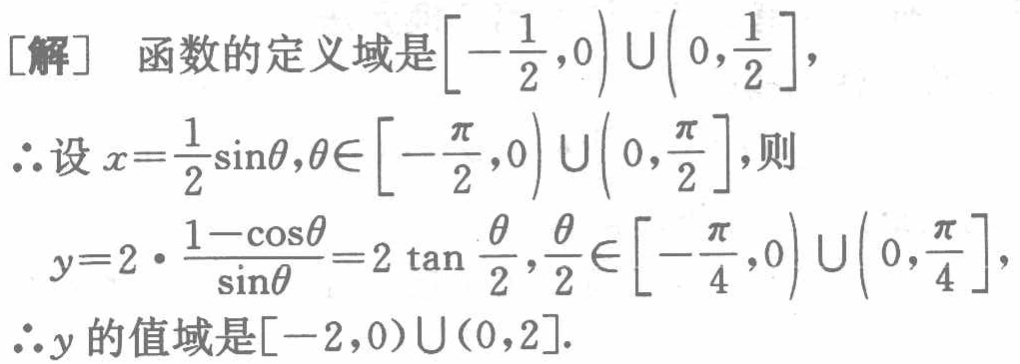
[解] 函数的定义域是$\left[-\frac{1}{2},0\right)\cup\left(0,\frac{1}{2}\right]$,

$\therefore$设$x = \frac{1}{2}\sin\theta,\theta\in\left[-\frac{\pi}{2},0\right)\cup\left(0,\frac{\pi}{2}\right]$,则

$y = 2\cdot\frac{1 - \cos\theta}{\sin\theta}=2\tan\frac{\theta}{2},\frac{\theta}{2}\in\left[-\frac{\pi}{4},0\right)\cup\left(0,\frac{\pi}{4}\right]$,

$\therefore y$的值域是$[-2,0)\cup(0,2]$.